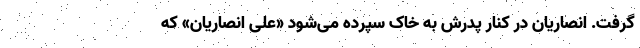
گرفت. انصاریان در کنار پدرش به خاک سپرده می‌شود «علی انصاریان» که